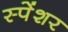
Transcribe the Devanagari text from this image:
स्पेंशर